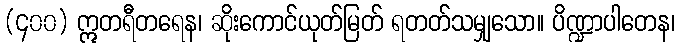
(၄၀၀) ဣတရီတရေန၊ ဆိုးကောင်ယုတ်မြတ် ရတတ်သမျှသော။ ပိဏ္ဍာပါတေန၊